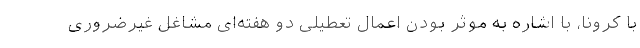
با کرونا، با اشاره به موثر بودن اعمال تعطیلی دو هفته‌ای مشاغل غیرضروری